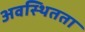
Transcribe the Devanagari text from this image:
अवस्थितता